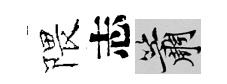
隈志簫